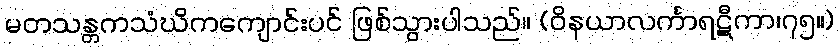
မတသန္တကသံဃိကကျောင်းပင် ဖြစ်သွားပါသည်။ (ဝိနယာလင်္ကာရဋီကာ၊၇၅။)